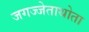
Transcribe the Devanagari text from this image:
जगज्जेताथोता